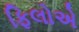
ફિલોએ